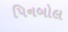
પિનબોલ